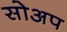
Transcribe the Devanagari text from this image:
सोअप